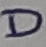
Text: D